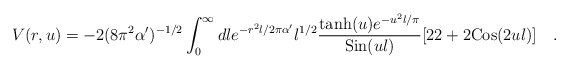
\begin{align*}V(r,u) = - 2 (8 \pi^2 \alpha')^{-1/2} \int_0^{\infty} dl e^{-r^2 l/2\pi\alpha' } {l}^{1/2} {{{\rm tanh}(u) e^{-u^2 l/\pi} }\over{ {\rm Sin}(ul)}} [ 22 + 2{\rm Cos}(2ul) ] \quad .\end{align*}